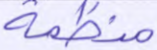
منظمة